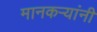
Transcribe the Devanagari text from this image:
मानकऱ्यांनी